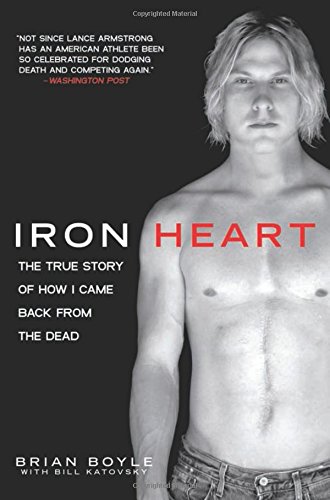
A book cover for Iron Heart: The True Story of How I Came Back from the Dead; Brian Boyle; Health, Fitness & Dieting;